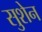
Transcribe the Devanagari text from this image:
सुशेन